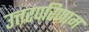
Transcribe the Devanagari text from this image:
उत्तरपरिणाम